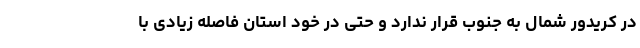
در کریدور شمال به جنوب قرار ندارد و حتی در خود استان فاصله زیادی با